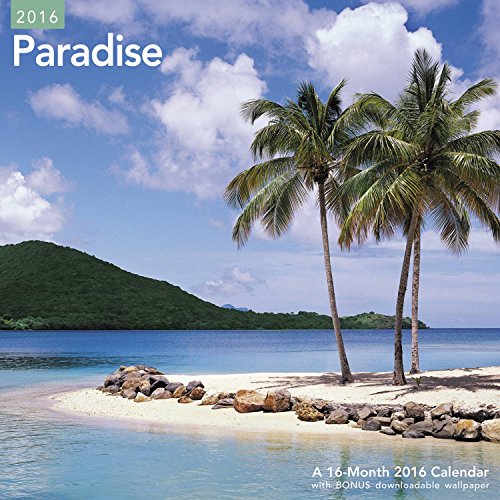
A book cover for Paradise Wall Calendar (2016); Mead; Calendars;